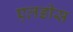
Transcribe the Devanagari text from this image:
एलडीस